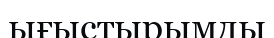
ығыстырымды